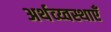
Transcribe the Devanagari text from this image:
अर्थव्य्वस्थाएँ